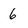
Character: 6